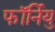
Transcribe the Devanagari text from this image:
फॉर्नियु